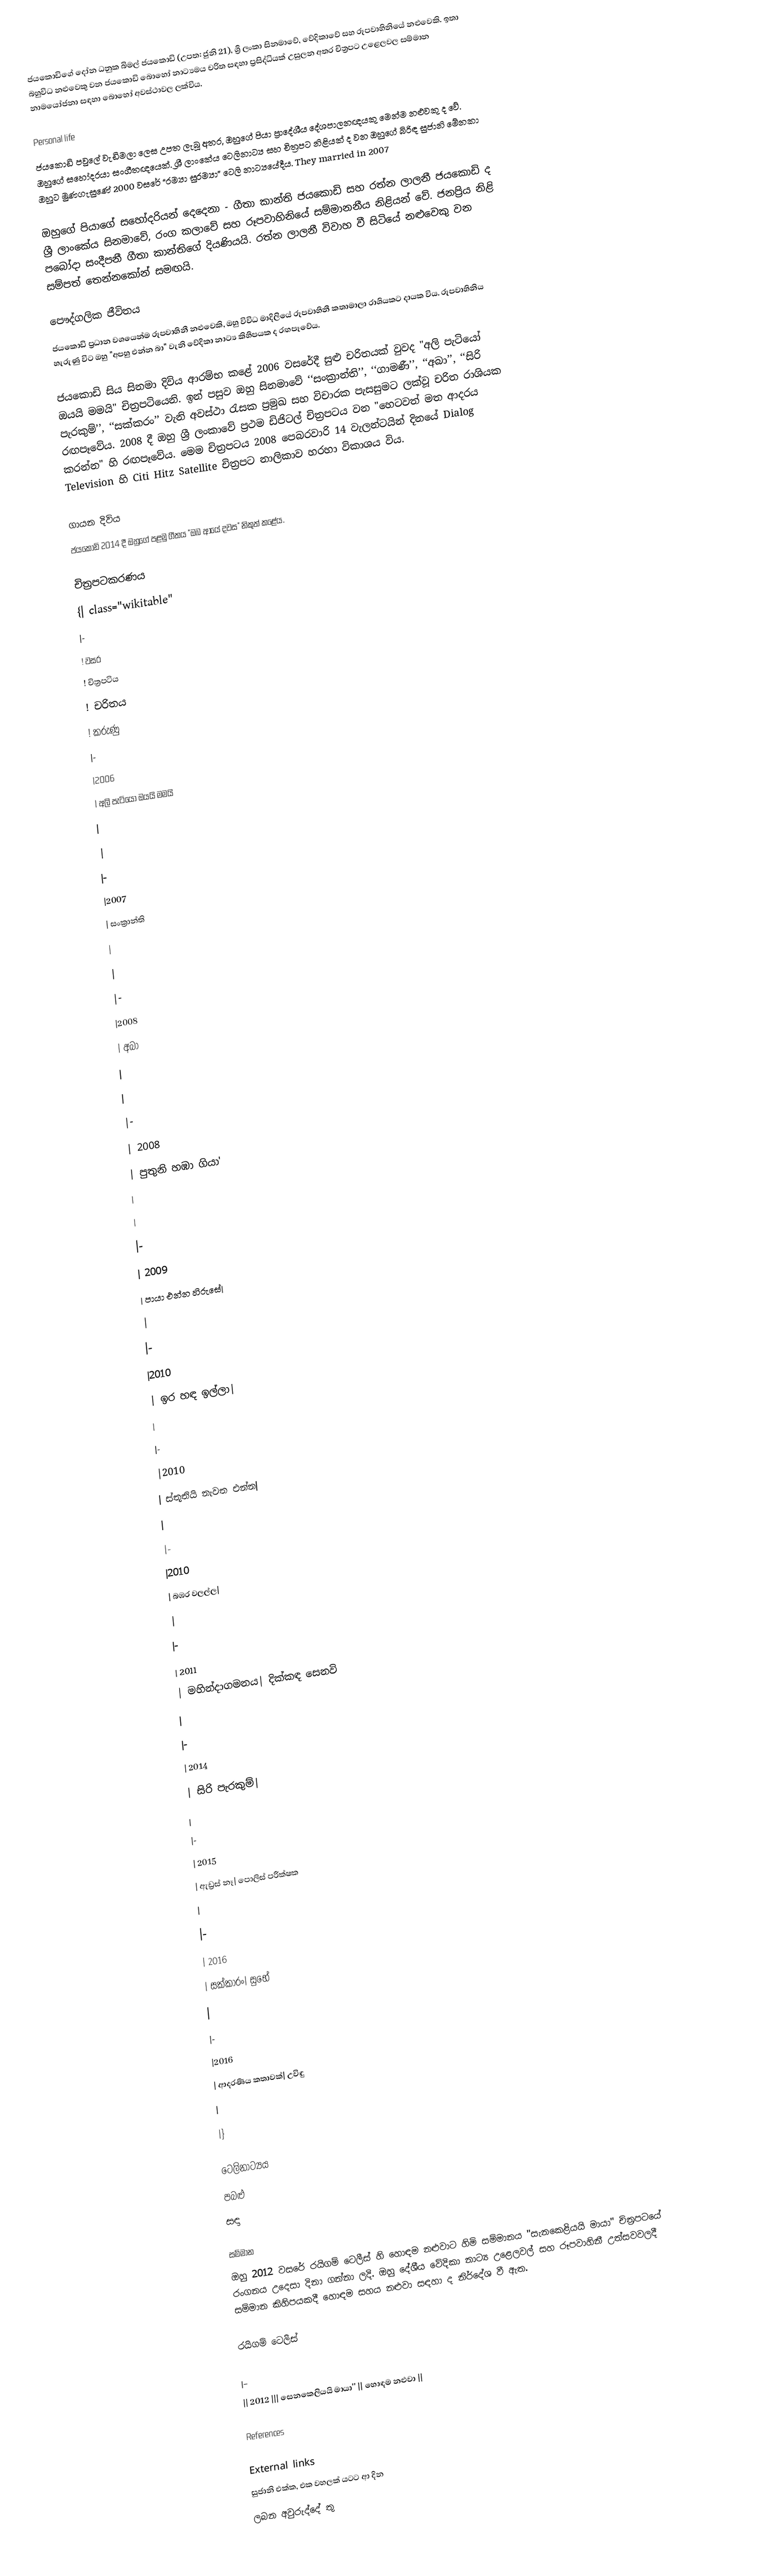
ජයකොඩිගේ දෝන ධනුක බිමල් ජයකොඩි (උපත: ජුනි 21), ශ්‍රී ලංකා සිනමාවේ, වේදිකාවේ සහ රූපවාහිනියේ නළුවෙකි. ඉතා බහුවිධ නළුවෙකු වන ජයකොඩි බොහෝ නාට්‍යමය චරිත සඳහා ප්‍රසිද්ධියක් උසුලන අතර චිත්‍රපට උළෙලවල සම්මාන නාමයෝජනා සඳහා බොහෝ අවස්ථාවල ලක්විය.

Personal life
ජයකොඩි පවුලේ වැඩිමලා ලෙස උපත ලැබූ අතර, ඔහුගේ පියා ප්‍රාදේශීය දේශපාලනඥයකු මෙන්ම නළුවකු ද වේ. ඔහුගේ සහෝදරයා සංගීතඥයෙක්. ශ්‍රී ලාංකේය ටෙලිනාට්‍ය සහ චිත්‍රපට නිළියක් ද වන ඔහුගේ බිරිඳ සුජානි මේනකා ඔහුට මුණගැසුණේ 2000 වසරේ “රම්‍යා සුරම්‍යා” ටෙලි නාට්‍යයේදීය. They married in 2007

ඔහුගේ පියාගේ සහෝදරියන් දෙදෙනා - ගීතා කාන්ති ජයකොඩි සහ රත්න ලාලනී ජයකොඩි ද ශ්‍රී ලාංකේය සිනමාවේ, රංග කලාවේ සහ රූපවාහිනියේ සම්මානනීය නිළියන් වේ. ජනප්‍රිය නිළි පබෝදා සංදීපනී ගීතා කාන්තිගේ දියණියයි. රත්න ලාලනී විවාහ වී සිටියේ නළුවෙකු වන සම්පත් තෙන්නකෝන් සමඟයි.

පෞද්ගලික ජීවිතය
ජයකොඩි ප්‍රධාන වශයෙන්ම රූපවාහිනී නළුවෙකි, ඔහු විවිධ මාදිලියේ රූපවාහිනී කතාමාලා රාශියකට දායක විය. රූපවාහිනිය හැරුණු විට ඔහු "අපහු එන්න බා" වැනි වේදිකා නාට්‍ය කිහිපයක ද රඟපෑවේය.

ජයකොඩි සිය සිනමා දිවිය ආරම්භ කළේ 2006 වසරේදී සුළු චරිතයක් වුවද "අලි පැටියෝ ඔයයි මමයි" චිත්‍රපටියෙනි. ඉන් පසුව ඔහු සිනමාවේ ‘‘සංක්‍රාන්ති’’, ‘‘ගාමණී’’, ‘‘අබා’’, ‘‘සිරි පැරකුම්’’, ‘‘සක්කරං’’ වැනි අවස්ථා රැසක ප‍්‍රමුඛ සහ විචාරක පැසසුමට ලක්වූ චරිත රාශියක රඟපෑවේය. 2008 දී ඔහු ශ්‍රී ලංකාවේ ප්‍රථම ඩිජිටල් චිත්‍රපටය වන "හෙටවත් මත ආදරය කරන්න" හි රඟපෑවේය. මෙම චිත්‍රපටය 2008 පෙබරවාරි 14 වැලන්ටයින් දිනයේ Dialog Television හි Citi Hitz Satellite චිත්‍රපට නාලිකාව හරහා විකාශය විය.

ගායන දිවිය
ජයකොඩි 2014 දී ඔහුගේ පළමු ගීතය "ඔබ ආයේ දවස" නිකුත් කළේය.

චිත්‍රපටකරණය
{| class="wikitable"
|-
! වසර
! චිත්‍රපටිය
! චරිතය
! කරුණු
|-
|2006
| අලි පැටියෝ ඔයයි මමයි
|
|
|-
|2007
| සංක්‍රාන්ති
|
|
|-
|2008
| අබා
|
|
|-
| 2008
| පුතුනි හඹා ගියා'
|
|
|-
| 2009
| පායා එන්න හිරුසේ|
|
|-
|2010
| ඉර හඳ ඉල්ලා|
|
|-
|2010
| ස්තූතියි නැවත එන්න|
|
|-
|2010
| බඹර වලල්ල|
|
|-
| 2011
| මහින්දාගමනය| දික්කඳ සෙනවි
|
|-
| 2014
| සිරි පැරකුම්|
|
|-
| 2015
| ඇඩ්‍රස් නෑ| පොලිස් පරීක්ෂක
|
|-
| 2016
| සක්කාරං| සුභේ
|
|-
|2016
| ආදරණීය කතාවක්| උවිඳු
|
|}

ටෙලිනාට්‍යය
පබළු
සඳා

සම්මාන
ඔහු 2012 වසරේ රයිගම් ටෙලීස් හි හොඳම නළුවාට හිමි සම්මානය "සැනකෙළියයි මායා" චිත්‍රපටයේ රංගනය උදෙසා දිනා ගන්නා ලදි. ඔහු දේශීය වේදිකා නාට්‍ය උළෙලවල් සහ රූපවාහිනී උත්සවවලදී සම්මාන කිහිපයකදී හොඳම සහය නළුවා සඳහා ද නිර්දේශ වී ඇත.

රයිගම් ටෙලීස්

|-
|| 2012 ||| සෙනකෙලියයි මායා'' || හොඳම නළුවා ||

References

External links
 සුජානි එක්ක, එක වහලක් යටට ආ දින
 ලබන අවුරුද්දේ තු